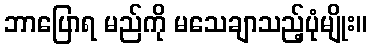
ဘာပြောရ မည်ကို မသေချာသည့်ပုံမျိုး။